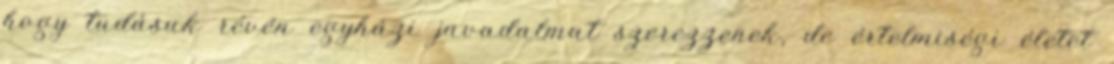
hogy tudásuk révén egyházi javadalmat szerezzenek, de értelmiségi életet